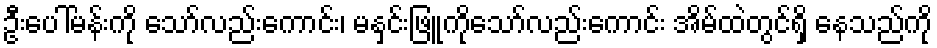
ဦးပေါ်မန်းကို သော်လည်းကောင်း၊ မနှင်းဖြူကိုသော်လည်းကောင်း အိမ်ထဲတွင်ရှိ နေသည်ကို